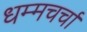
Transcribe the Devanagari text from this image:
धम्मचर्चा